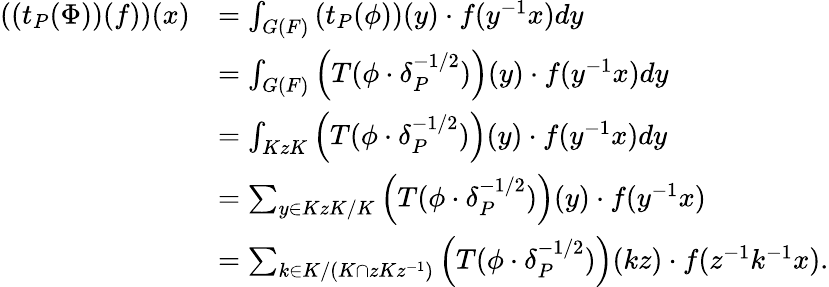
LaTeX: \begin{array}{rl}{\left(\left(t_{P}(\Phi)\right)(f)\right)(x)}&{=\int_{G(F)}\left(t_{P}(\phi)\right)(y)\cdot f(y^{-1}x)dy}\\ &{=\int_{G(F)}\left(T(\phi\cdot\delta_{P}^{-1/2})\right)(y)\cdot f(y^{-1}x)dy}\\ &{=\int_{KzK}\left(T(\phi\cdot\delta_{P}^{-1/2})\right)(y)\cdot f(y^{-1}x)dy}\\ &{=\sum_{y\in KzK/K}\left(T(\phi\cdot\delta_{P}^{-1/2})\right)(y)\cdot f(y^{-1}x)}\\ &{=\sum_{k\in K/(K\cap zKz^{-1})}\left(T(\phi\cdot\delta_{P}^{-1/2})\right)(kz)\cdot f(z^{-1}k^{-1}x).}\end{array}